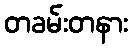
တခမ်းတနား